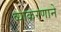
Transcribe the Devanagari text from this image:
व्याकरणाने